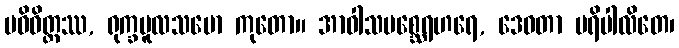
ပဝိဝိတ္တဿ, ရုက္ခမူလသမော ကုတော။ အာဝါသမစ္ဆေရဟရေ, ဒေဝတာ ပရိပါလိတေ၊